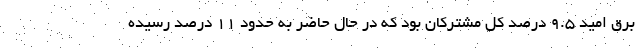
برق امید ۹.۵ درصد کل مشترکان بود که در حال حاضر به حدود ۱۱ درصد رسیده